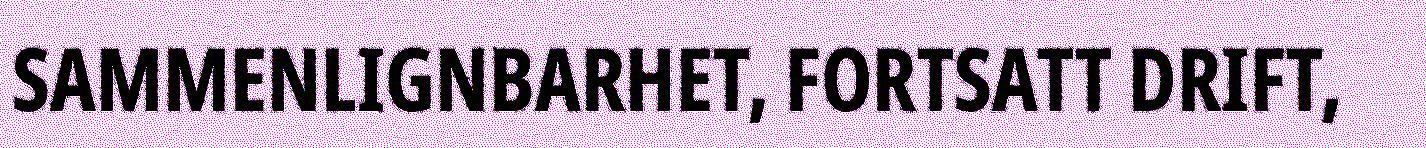
SAMMENLIGNBARHET, FORTSATT DRIFT,